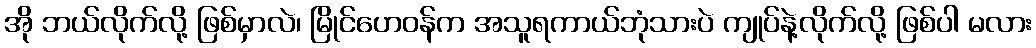
အို ဘယ်လိုက်လို့ ဖြစ်မှာလဲ၊ မြိုင်ဟေဝန်က အသူရကာယ်ဘုံသားပဲ ကျုပ်နဲ့လိုက်လို့ ဖြစ်ပါ မလား